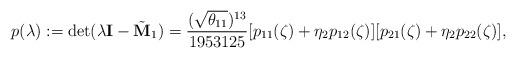
LaTeX: \begin{align*} p(\lambda) := \mathrm{det}(\lambda {\bf I} - \tilde{\bf M}_1) = \frac{(\sqrt{\theta_{11}})^{13}}{1953125} [p_{11}(\zeta) + \eta_2 p_{12} (\zeta)] [p_{21}(\zeta) + \eta_2 p_{22} (\zeta)],\end{align*}